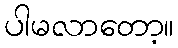
ပါမလာတော့။